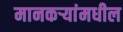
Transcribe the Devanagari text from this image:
मानकर्‍यांमधील